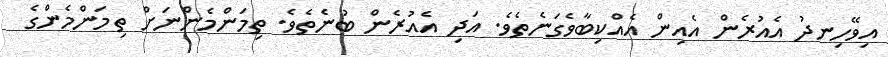
އިވޭހިނދު އެއުރެން އެއިން އެއްކިބާވެގަނެތެވެ. އަދި އެއުރެން ބުނެތެވެ. ތިމަންމެންނަށް ތިމަންމެންގެ